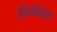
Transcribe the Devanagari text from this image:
रिनेसंस